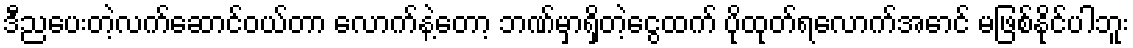
ဒီညပေးတဲ့လက်ဆောင်ဝယ်တာ လောက်နဲ့တော့ ဘဏ်မှာရှိတဲ့ငွေထက် ပိုထုတ်ရလောက်အောင် မဖြစ်နိုင်ပါဘူး